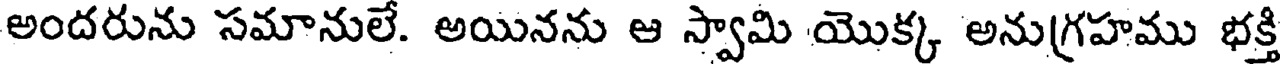
అందరును సమానులే. అయినను ఆ స్వామి యొక్క అనుగ్రహము భక్తి